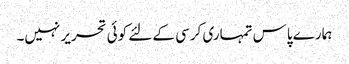
ہمارے پاس تمہاری کرسی کے لئے کوئی تحریر نہیں۔